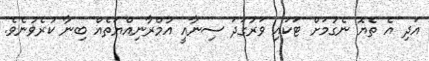
އަދި އެ ތެޔޮ ނެގުމަށް ޓަކައި ވަރުގަދަ ސިނާއީ އުމްރާނިއްޔަތެއް ބިނާ ކުރެވުނެވެ.